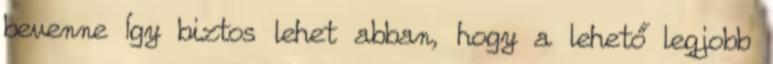
bevenne Így biztos lehet abban, hogy a lehető legjobb